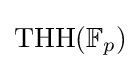
\operatorname {THH} (\mathbb {F} _{p})